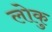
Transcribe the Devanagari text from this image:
लोकु